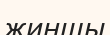
жиншы